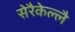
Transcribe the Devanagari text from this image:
सेरैकेल्लै